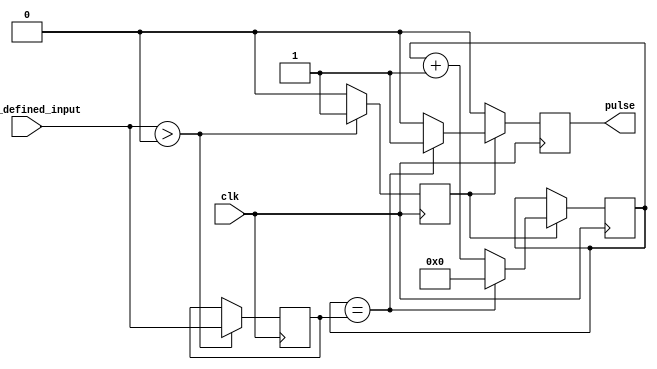
module variable_frequency_pulse_generator(
    input wire clk,
    input wire [7:0] user_defined_input,
    output reg pulse
);

reg [7:0] counter = 8'h00;
reg [7:0] threshold = 8'h00;
reg enable = 1'b0;

always @(posedge clk) begin
    if (enable == 1'b1) begin
        if (counter == threshold) begin
            pulse <= 1'b1;
            counter <= 8'h00;
        end else begin
            pulse <= 1'b0;
            counter <= counter + 1;
        end
    end else begin
        pulse <= 1'b0;
    end
end

always @(posedge clk) begin
    if (user_defined_input > 8'h00) begin
        threshold <= user_defined_input;
        enable <= 1'b1;
    end else begin
        enable <= 1'b0;
    end
end

endmodule